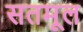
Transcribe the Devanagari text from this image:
सतमूल